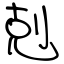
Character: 剋